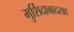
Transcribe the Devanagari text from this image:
मुर्शिदाबादसह